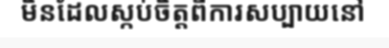
មិនដែលស្កប់ចិត្តពីការសប្បាយនៅ